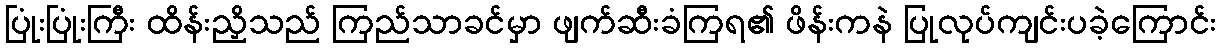
ပြုံးပြုံးကြီး ထိန်းညှိသည် ကြည်သာခင်မှာ ဖျက်ဆီးခံကြရ၏ ဖိန်းကနဲ ပြုလုပ်ကျင်းပခဲ့ကြောင်း